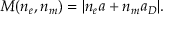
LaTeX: M ( n _ { e } , n _ { m } ) = | n _ { e } a + n _ { m } a _ { D } | .